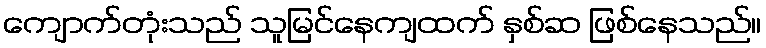
ကျောက်တုံးသည် သူမြင်နေကျထက် နှစ်ဆ ဖြစ်နေသည်။